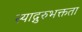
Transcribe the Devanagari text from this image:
स्याद्गुरुभक्तता